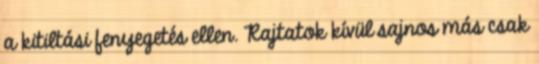
a kitiltási fenyegetés ellen. Rajtatok kívül sajnos más csak